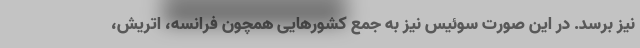
نیز برسد. در این صورت سوئیس نیز به جمع کشورهایی همچون فرانسه، اتریش،